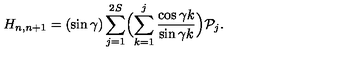
H _ { n , n + 1 } = ( \sin \gamma ) \sum _ { j = 1 } ^ { 2 S } \Bigl ( \sum _ { k = 1 } ^ { j } \frac { \cos \gamma k } { \sin \gamma k } \Bigr ) { \cal P } _ { j } .